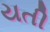
યતી